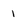
Character: 1